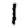
Digit: 1